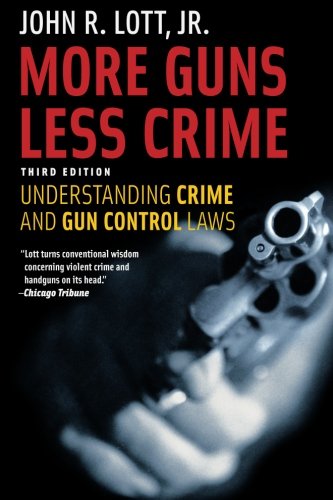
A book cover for More Guns, Less Crime: Understanding Crime and Gun Control Laws, Third Edition (Studies in Law and Economics); John R. Lott Jr.; Politics & Social Sciences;